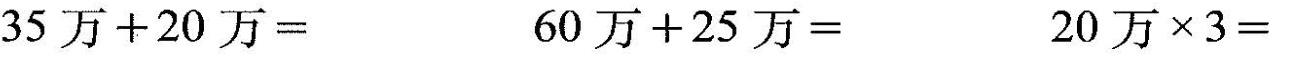
35万+20万=60万+25万=20万×3=